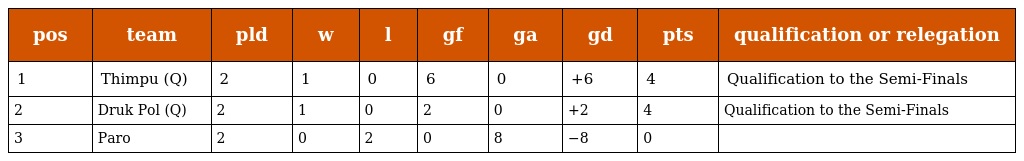
| pos | team | pld | w | l | gf | ga | gd | pts | qualification or relegation |
 | --- | --- | --- | --- | --- | --- | --- | --- | --- | --- |
 | 1 | Thimpu (Q) | 2 | 1 | 0 | 6 | 0 | +6 | 4 | Qualification to the Semi-Finals |
 | 2 | Druk Pol (Q) | 2 | 1 | 0 | 2 | 0 | +2 | 4 | Qualification to the Semi-Finals |
 | 3 | Paro | 2 | 0 | 2 | 0 | 8 | −8 | 0 |  |